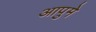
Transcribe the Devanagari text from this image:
आपुमे